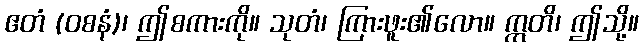
ဧတံ (ဝစနံ)၊ ဤစကားကို။ သုတံ၊ ကြားဖူး၏လော။ ဣတိ၊ ဤသို့။